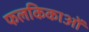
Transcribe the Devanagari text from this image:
फलकिकाओं